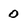
Character: 0